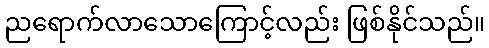
ညရောက်လာသောကြောင့်လည်း ဖြစ်နိုင်သည်။